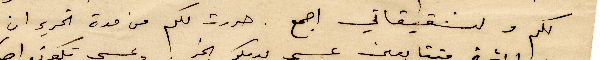
لكم ولشقيقاتي اجمع. حررت لكم من مدة تحرير ان